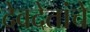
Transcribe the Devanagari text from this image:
देवदेतांचे